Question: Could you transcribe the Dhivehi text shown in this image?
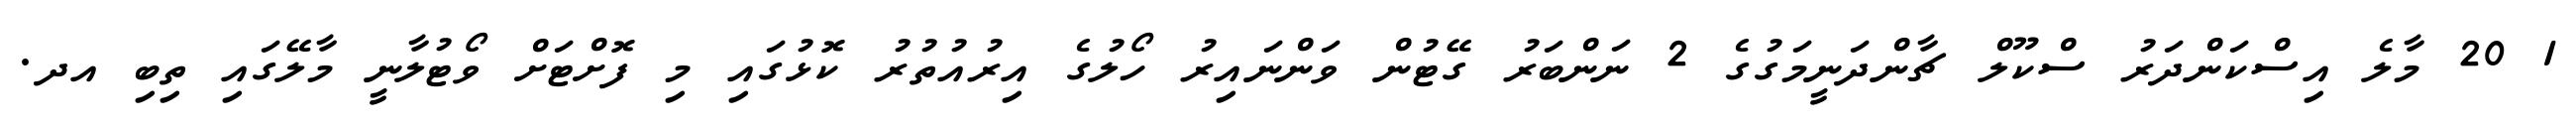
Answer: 1 20 މާލެ އިސްކަންދަރު ސްކޫލް ޗާންދަނީމަގުގެ 2 ނަންބަރު ގޭޓުން ވަންނައިރު ހޯލުގެ އިރުއުތުރު ކޮޅުގައި މި ފޮށްޓަށް ވޯޓުލާނީ މާލޭގައި ތިބި އދ.